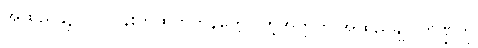
အထည်ချုပ်လုပ်ငန်းကထွက်ကုန်တွေပါတဲ့အတွက် အထည်ချုပ်ကဏ္ဍကို